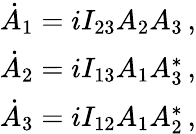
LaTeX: \begin{array}{r}{\dot{A}_{1}=iI_{23}A_{2}A_{3}\mathrm{\, ,}}\\ {\dot{A}_{2}=iI_{13}A_{1}A_{3}^{*}\mathrm{\, ,}}\\ {\dot{A}_{3}=iI_{12}A_{1}A_{2}^{*}\mathrm{\, ,}}\end{array}